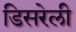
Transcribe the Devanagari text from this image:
डिसरेली